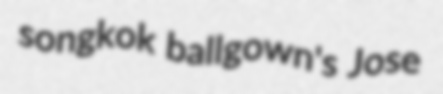
songkok ballgown's Jose